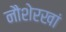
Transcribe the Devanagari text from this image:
नौशेरखां